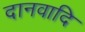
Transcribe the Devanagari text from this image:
दानवादि